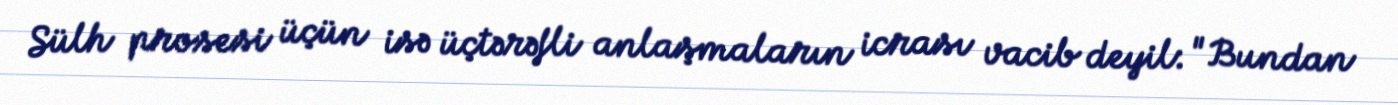
Sülh prosesi üçün isə üçtərəfli anlaşmaların icrası vacib deyil: "Bundan